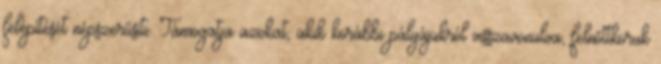
felépítését népszerűsíti. Támogatja azokat, akik korábbi pályájukról visszavonulva, felnőttkoruk